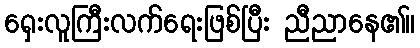
ရှေးလူကြီးလက်ရေးဖြစ်ပြီး ညီညာနေ၏။